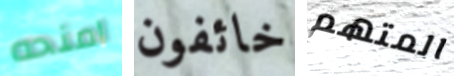
امنحه خائفون المتهم